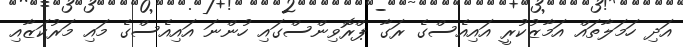
އަދި ހަމަލާތައް އަމާޒުކުރީ އައިއެސްގެ ރަގާ ޕްރޮވިންސްގައި ހުންނަ އައިއެސްގެ މައި މަރުކަަޒާއި